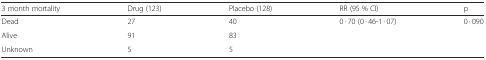
<table><thead><tr><td><b>3 month mortality</b></td><td><b>Drug (123)</b></td><td><b>Placebo (128)</b></td><td><b>RR (95 % CI)</b></td><td><b>p</b></td></tr></thead><tbody><tr><td>Dead</td><td>27</td><td>40</td><td rowspan="2">0 · 70 (0 · 46-1 · 07)</td><td rowspan="2">0 · 090</td></tr><tr><td>Alive</td><td>91</td><td>83</td></tr><tr><td>Unknown</td><td>5</td><td>5</td><td></td><td></td></tr></tbody></table>